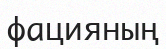
фацияның